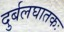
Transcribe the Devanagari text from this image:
दुर्बलघातकः